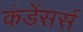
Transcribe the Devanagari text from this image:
कंडेंसर्स